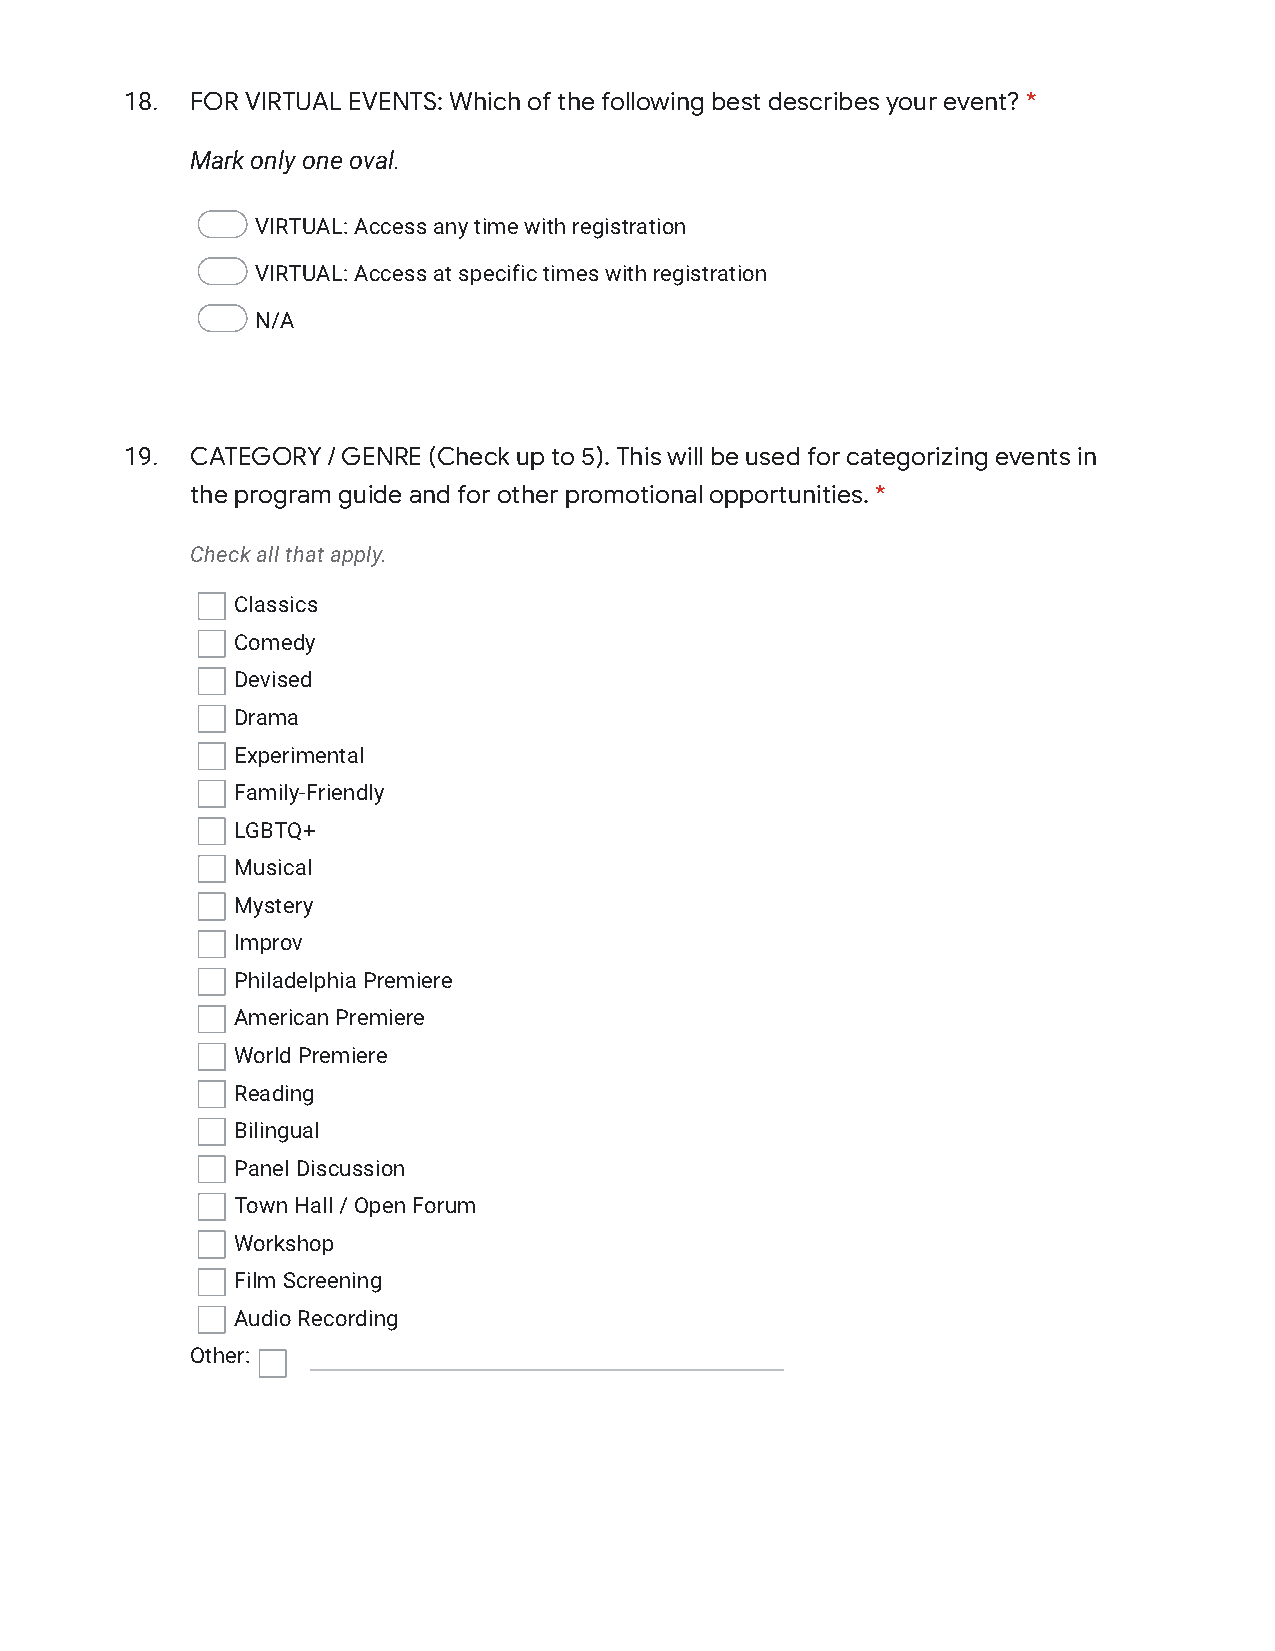
18.  FOR VIRTUAL EVENTS: Which of the following best describes your event? *
 Mark only one oval.
 VIRTUAL: Access any time with registration
 VIRTUAL: Access at specific times with registration
 N/A
 19.  CATEGORY / GENRE (Check up to 5). This will be used for categorizing events in
 the program guide and for other promotional opportunities. *
 Check all that apply.
 Classics
 Comedy
 Devised
 Drama
 Experimental
 Family-Friendly
 LGBTQ+
 Musical
 Mystery
 Improv
 Philadelphia Premiere
 American Premiere
 World Premiere
 Reading
 Bilingual
 Panel Discussion
 Town Hall / Open Forum
 Workshop
 Film Screening
 Audio Recording
 Other: